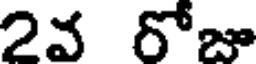
2వ రోజూ